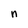
Character: n